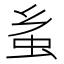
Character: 蚃